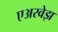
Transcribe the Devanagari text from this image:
एअरवेझ